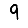
Digit: 9